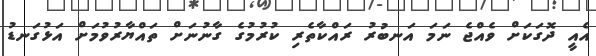
އެއީ ދޮގަކަށް ވެއްޖެ ނަމަ އަނބުރު ރައްކާތެރި ކުރުމުގެ ގާނުނަށް ތައްޔާރުވުމަށް އަޅުގަނޑު